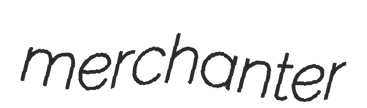
merchanter